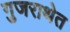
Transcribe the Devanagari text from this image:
गुजराथेत